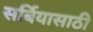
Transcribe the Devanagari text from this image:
सर्बियासाठी